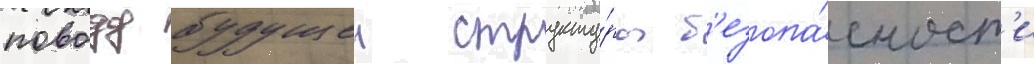
поводу будущеи структу́ры б'езопа́сност'и